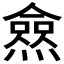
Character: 𰟩